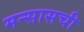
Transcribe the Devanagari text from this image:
मन्सासची